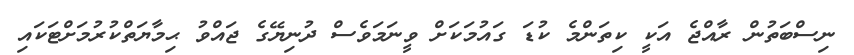
ނިސްބަތުން ރާއްޖެ އަކީ ކިތަންމެ ކުޑަ ގައުމަކަށް ވީނަމަވެސް ދުނިޔޭގެ ޖައްވު ޙިމާޔަތްކުރުމަށްޓަކައި